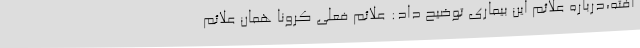
افته،درباره علائم این بیماری توضیح داد: علائم فعلی کرونا همان علائم